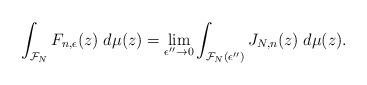
LaTeX: \begin{align*} \int_{\mathcal{F}_N} F_{n,\epsilon}(z) \; d\mu(z) = \lim_{\epsilon''\to0}\int_{\mathcal{F}_N(\epsilon'')} J_{N,n}(z) \; d\mu(z).\end{align*}